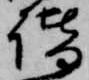
諧